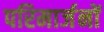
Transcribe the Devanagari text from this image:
परिमार्जनों